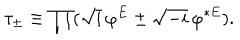
\tau _ { \pm } \equiv \prod ( \sqrt { i } \, \varphi ^ { E } \pm \sqrt { - i } \, \varphi ^ { * E } ) .